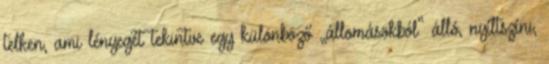
telken, ami lényegét tekintve egy különböző „állomásokból” álló, nyíltszíni,